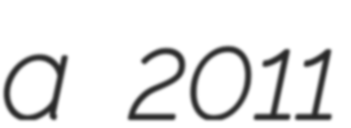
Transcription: a 2011